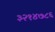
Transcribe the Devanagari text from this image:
३२१४७८६